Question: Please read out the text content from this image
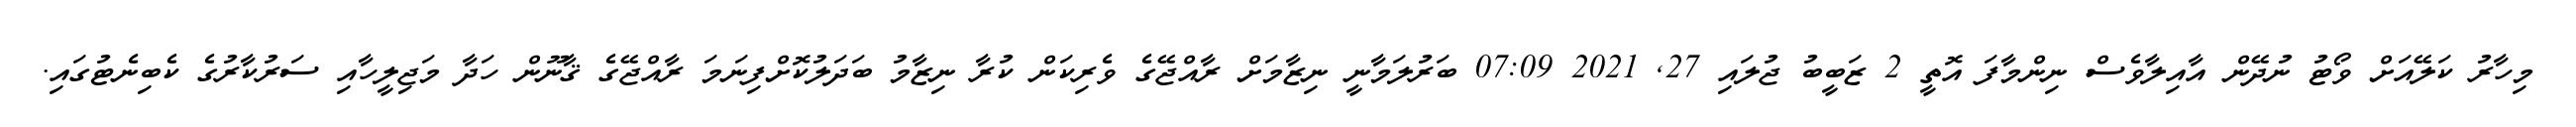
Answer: މިހާރު ކަލޭއަށް ވޯޓު ނުދޭން އާއިލާވެސް ނިންމާފަ އޮތީ 2 ޒަބީބު ޖުލައި 27, 2021 07:09 ބަރުލަމާނީ ނިޒާމަށް ރާއްޖޭގެ ވެރިކަން ކުރާ ނިޒާމު ބަދަލުކޮށްފިނަމަ ރާއްޖޭގެ ޤާނޫން ހަދާ މަޖިލީހާއި ސަރުކާރުގެ ކެބިނެޓުގައި.